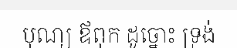
បុណ្យ ឪពុក ដូច្នោះ ទ្រង់